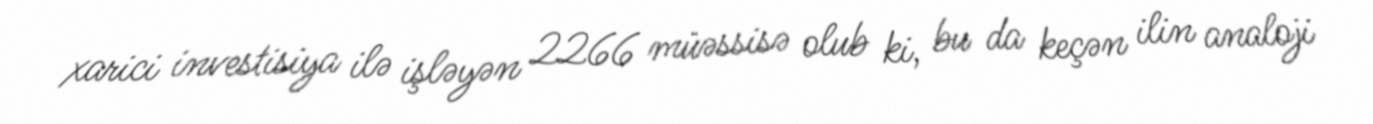
xarici investisiya ilə işləyən 2266 müəssisə olub ki, bu da keçən ilin analoji